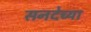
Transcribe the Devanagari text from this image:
सनदेच्या